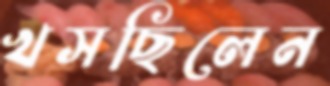
খসছিলেন